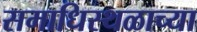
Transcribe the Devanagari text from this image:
समाधिस्थळाच्या